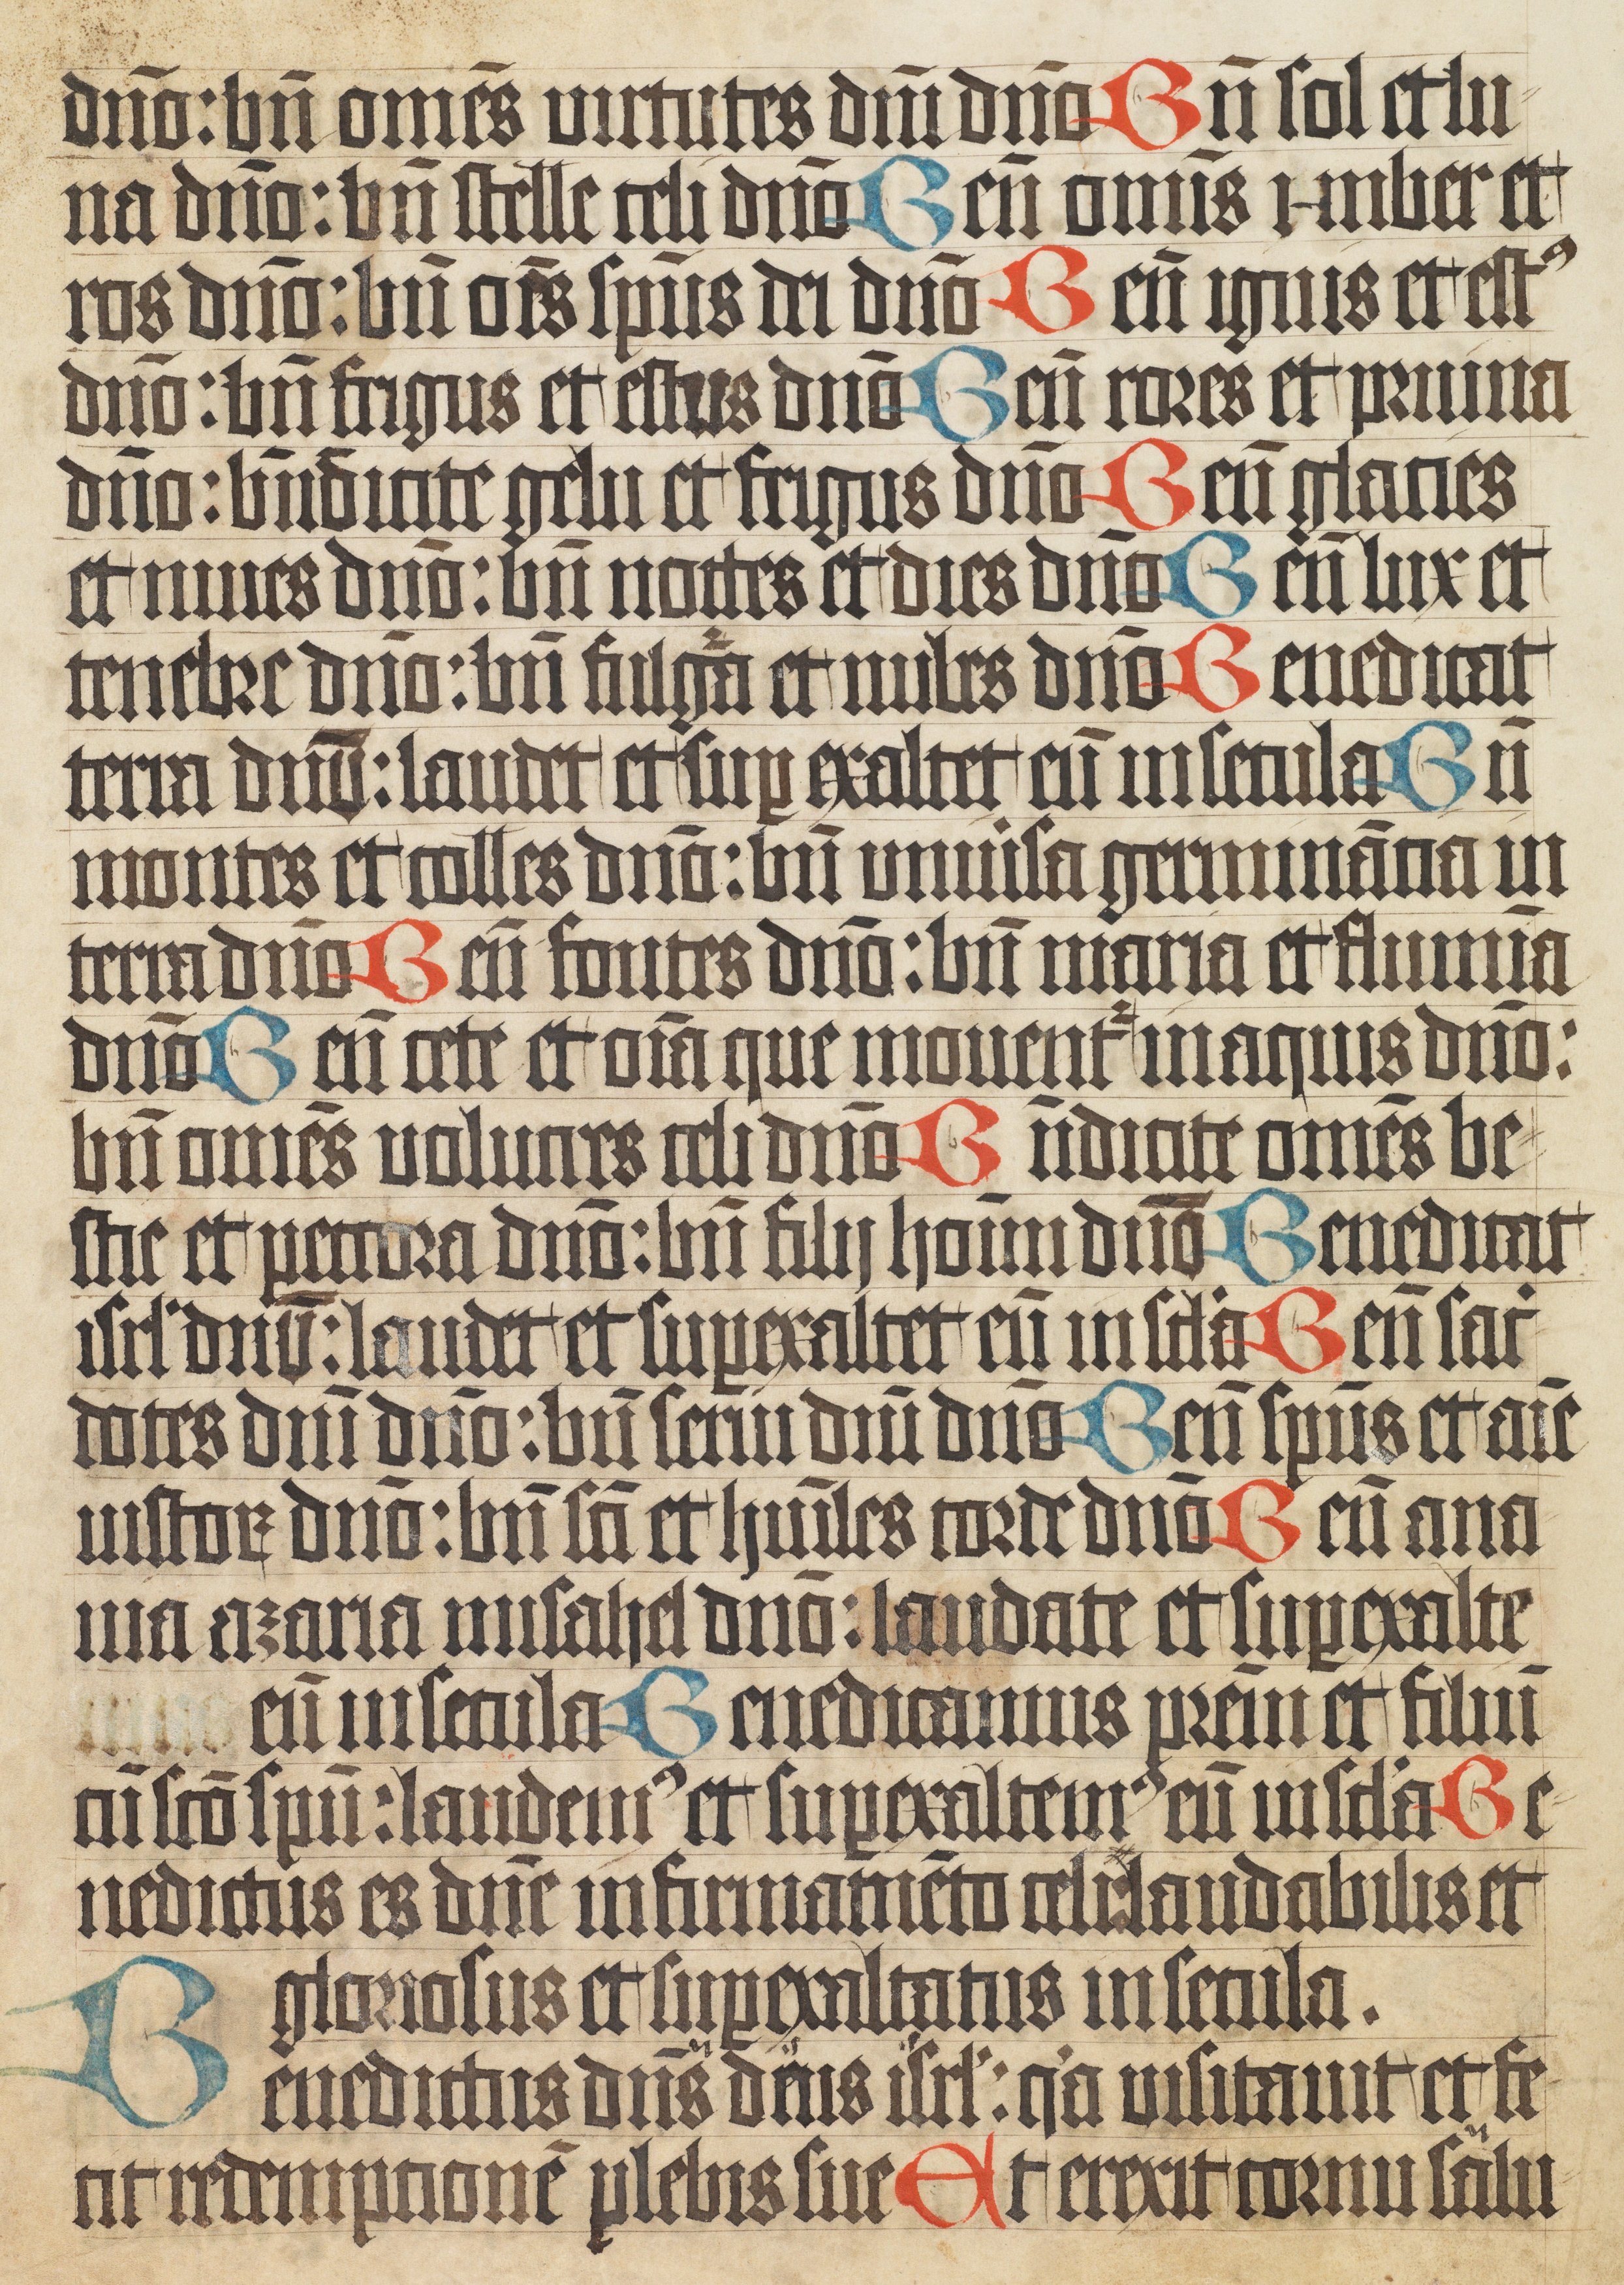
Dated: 1400–1499